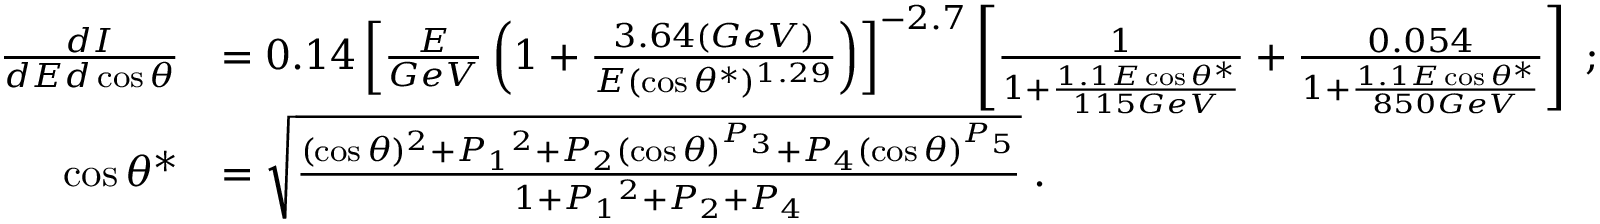
\begin{array} { r l } { \frac { d I } { d E d \cos { \theta } } } & { = 0 . 1 4 \left[ \frac { E } { G e V } \left( 1 + \frac { 3 . 6 4 ( G e V ) } { E ( \cos \theta ^ { \ast } ) ^ { 1 . 2 9 } } \right) \right] ^ { - 2 . 7 } \left[ \frac { 1 } { 1 + \frac { 1 . 1 E \cos \theta ^ { \ast } } { 1 1 5 G e V } } + \frac { 0 . 0 5 4 } { 1 + \frac { 1 . 1 E \cos \theta ^ { \ast } } { 8 5 0 G e V } } \right] \; ; } \\ { \cos \theta ^ { \ast } } & { = \sqrt { \frac { ( \cos \theta ) ^ { 2 } + P { _ 1 } ^ { 2 } + P _ { 2 } ( \cos \theta ) ^ { P _ { 3 } } + P _ { 4 } ( \cos \theta ) ^ { P _ { 5 } } } { 1 + P { _ 1 } ^ { 2 } + P { _ 2 } + P { _ 4 } } } \; . } \end{array}